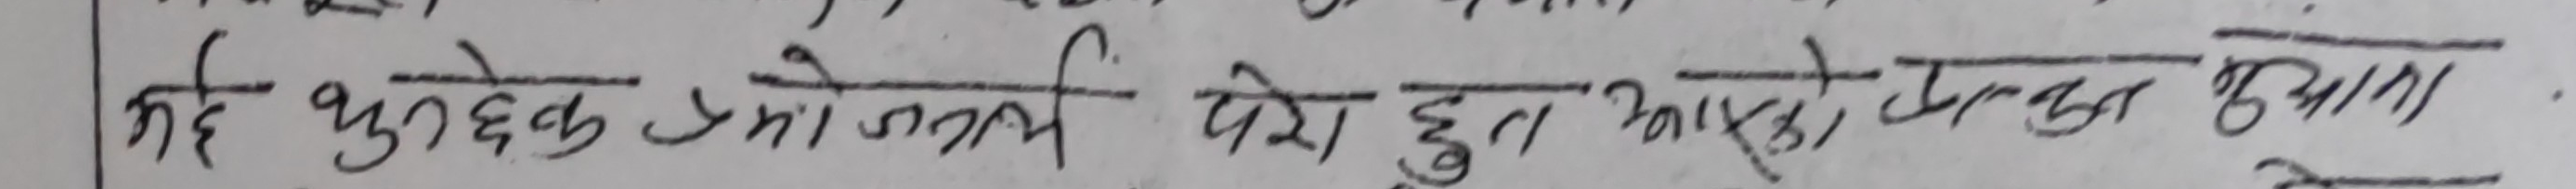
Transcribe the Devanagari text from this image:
यदि बुझ्नुहुन्छ भने प्रयोग हुदा आएको समस्या बुझाउ।